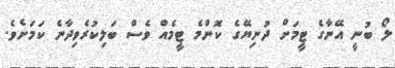
ލޯ ބުނީ އޭނާގެ ޓީމަށް ދުނިޔޭގެ ކޮންމެ ޓީމެއް ވެސް ބަލިކުރެވިދާނެ ކަމަށެވެ.